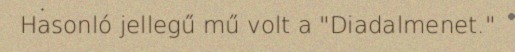
Hasonló jellegű mű volt a "Diadalmenet."